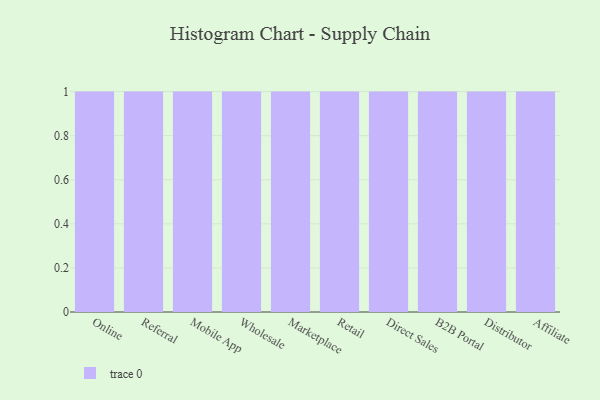
{"axis": {"x": "Channel", "y": "Shipments"}, "legend": [""], "data": [{"x": "Online", "y": 82, "type": ""}, {"x": "Referral", "y": 91, "type": ""}, {"x": "Mobile App", "y": 28, "type": ""}, {"x": "Wholesale", "y": 73, "type": ""}, {"x": "Marketplace", "y": 18, "type": ""}, {"x": "Retail", "y": 75, "type": ""}, {"x": "Direct Sales", "y": 37, "type": ""}, {"x": "B2B Portal", "y": 56, "type": ""}, {"x": "Distributor", "y": 54, "type": ""}, {"x": "Affiliate", "y": 61, "type": ""}]}